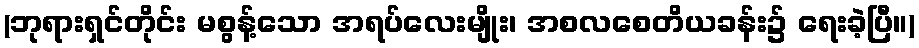
(ဘုရားရှင်တိုင်း မစွန့်သော အရပ်လေးမျိုး၊ အစလစေတိယခန်း၌ ရေးခဲ့ပြီ။)